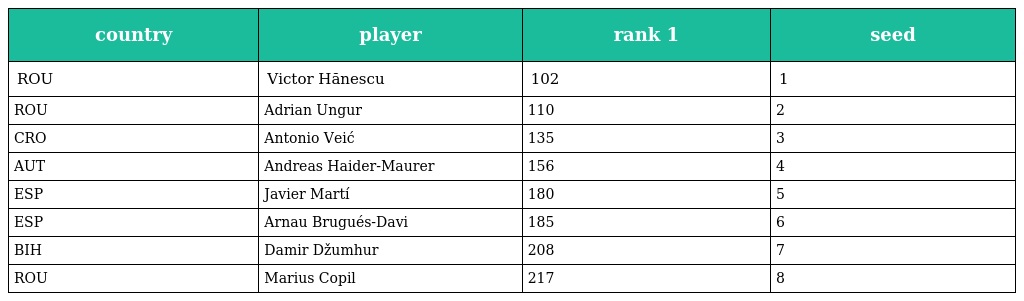
| country | player | rank 1 | seed |
 | --- | --- | --- | --- |
 | ROU | Victor Hănescu | 102 | 1 |
 | ROU | Adrian Ungur | 110 | 2 |
 | CRO | Antonio Veić | 135 | 3 |
 | AUT | Andreas Haider-Maurer | 156 | 4 |
 | ESP | Javier Martí | 180 | 5 |
 | ESP | Arnau Brugués-Davi | 185 | 6 |
 | BIH | Damir Džumhur | 208 | 7 |
 | ROU | Marius Copil | 217 | 8 |